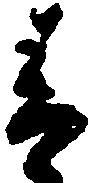
青